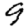
Digit: 9